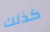
كذلك